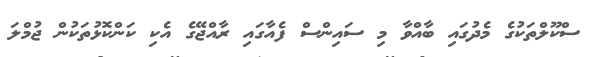
ސްކޫލްތަކުގެ މެދުގައި ބާއްވާ މި ސައިންސް ފެއާގައި ރާއްޖޭގެ އެކި ކަންކޮޅުތަކުން ޖުމްލަ